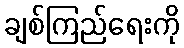
ချစ်ကြည်ရေးကို